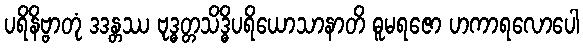
ပရိနိဗ္ဗာတုံ ဒဒန္တဿ ဗုဒ္ဓတ္တသိဒ္ဓိပရိယောသာနာတိ ဓူမရဇော ဟကာရလောပေါ